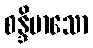
စန္ဒိမာသော